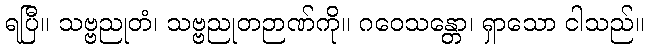
ရပြီ။ သဗ္ဗညုတံ၊ သဗ္ဗညုတဉာဏ်ကို။ ဂဝေသန္တော၊ ရှာသော ငါသည်။